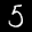
Label: 5